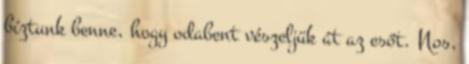
bíztunk benne, hogy odabent vészeljük át az esőt. Nos,